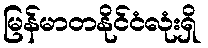
မြန်မာတနိုင်ငံလုံးရှိ